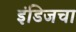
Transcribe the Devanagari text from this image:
इंडिजचा